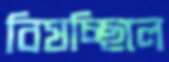
বিষচ্ছিলে